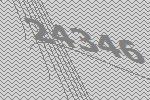
24346